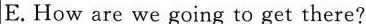
E.How are we going to get there?